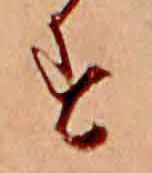
す